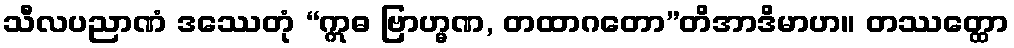
သီလပညာဏံ ဒဿေတုံ “ဣဓ ဗြာဟ္မဏ, တထာဂတော”တိအာဒိမာဟ။ တဿတ္ထော